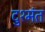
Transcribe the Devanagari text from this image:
दुश्मंत